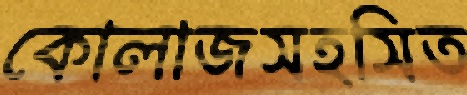
কোলাজসহসিত